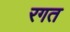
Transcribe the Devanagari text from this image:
रगत